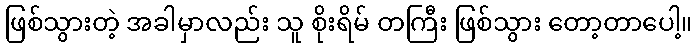
ဖြစ်သွားတဲ့ အခါမှာလည်း သူ စိုးရိမ် တကြီး ဖြစ်သွား တော့တာပေါ့။